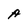
Character: A